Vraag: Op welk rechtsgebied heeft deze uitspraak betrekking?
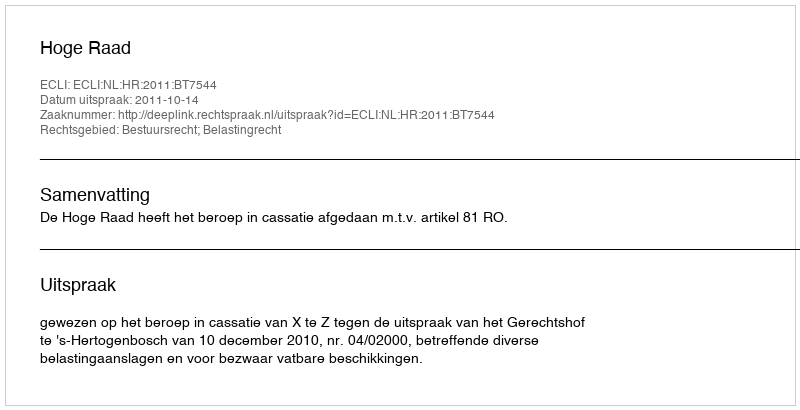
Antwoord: Bestuursrecht; Belastingrecht